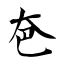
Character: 夿